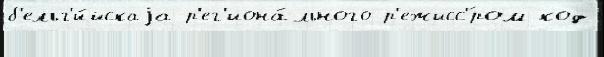
б'ельг'и́йскаjа р'ег'иона́льного р'ежисс'́ром код